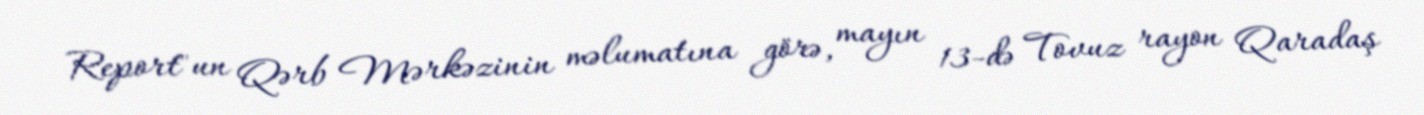
Report"un Qərb Mərkəzinin məlumatına görə, mayın 13-də Tovuz rayon Qaradaş